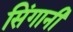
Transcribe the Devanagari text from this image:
सिंगानी